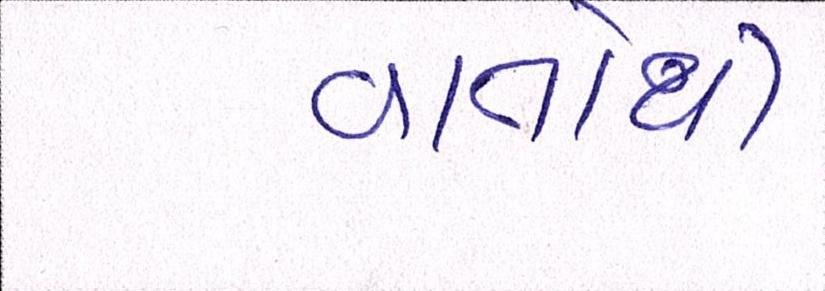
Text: વાતોથી